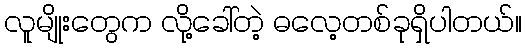
လူမျိုးတွေက လို့ခေါ်တဲ့ ဓလေ့တစ်ခုရှိပါတယ်။